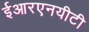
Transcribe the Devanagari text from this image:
ईआरएनयीटी